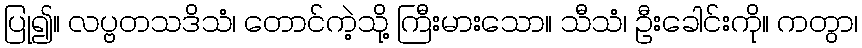
ပြု၍။ လပ္ဗတသဒိသံ၊ တောင်ကဲ့သို့ ကြီးမားသော။ သီသံ၊ ဦးခေါင်းကို။ ကတွာ၊